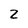
Character: 2